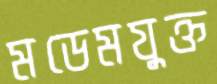
মডেমযুক্ত